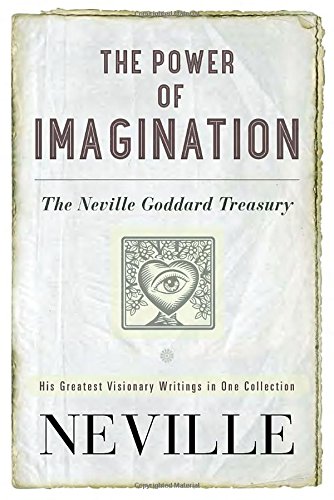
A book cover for The Power of Imagination: The Neville Goddard Treasury; Neville; Politics & Social Sciences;